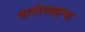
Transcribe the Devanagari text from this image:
बायोसाइन्स